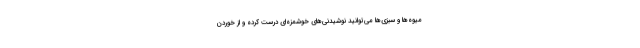
میوه‌ها و سبزی‌ها می‌توانید نوشیدنی‌های خوشمزه‌ای درست کرده و از خوردن